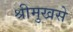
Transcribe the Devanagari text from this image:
श्रीमुखसे